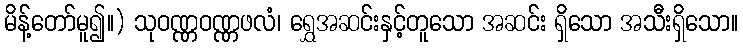
မိန့်တော်မူ၍။) သုဝဏ္ဏဝဏ္ဏဖလံ၊ ရွှေအဆင်းနှင့်တူသော အဆင်း ရှိသော အသီးရှိသော။